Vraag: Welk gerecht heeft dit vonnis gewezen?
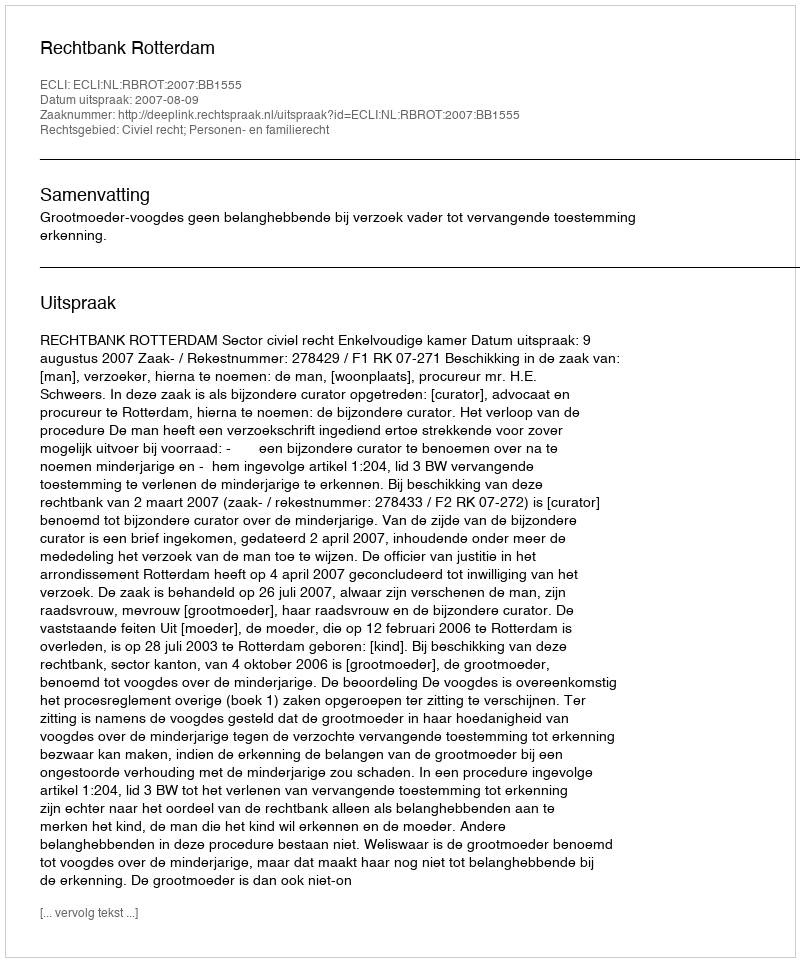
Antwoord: Rechtbank Rotterdam